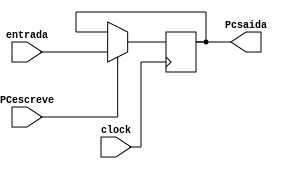
/*
 Alunos: Washington Pagotto Batista, Pedro kenndy e Ivan Rios
 Universidade Estadual de Feira de Santana 2017.1
 TEC499 - MI - Sistemas Digitais

 Modulo: PC.v
 Descrio: Modulo criado para quinto estagio da pipeline 
 Entradas:
    entrada: 32-bit value
    
	PCescreve,clock: 1 bit
 Saida:
    saida: entrada
*/
module PC(
  input [31:0] entrada,
  input PCescreve, clock,
  output reg [31:0] Pcsaida
  );
 

  always @ (posedge clock) begin
    if(PCescreve) begin
		
      Pcsaida <= entrada;
    end
  end
  endmodule